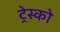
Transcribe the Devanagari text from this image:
ट्रेस्को